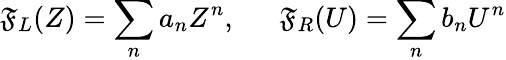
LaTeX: \mathfrak{F}_{L}(Z)=\sum_{n}a_{n}Z^{n},~~~~~~\mathfrak{F}_{R}(U)=\sum_{n}b_{n}U^{n}